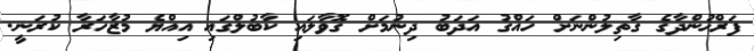
ފަރްޚުންދާގެ ގާތިލުންނަށް ހައްގު އަދަބު ދިނުމަށް ގޮވާލައި ކާބުލްގައި އިއްޔެ މުޒާހަރާ ކުރަނީ.